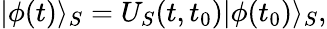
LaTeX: |\phi(t)\rangle_{S}=U_{S}(t,t_{0})|\phi(t_{0})\rangle_{S},